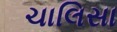
ચાલિસા